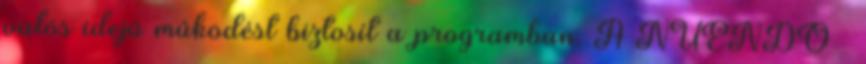
valós idejû mûködést biztosít a programban. A NUENDO –